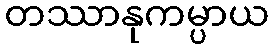
တဿာနုကမ္ပာယ